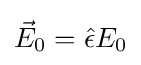
{\vec {E}}_{0}={\hat {\epsilon }}E_{0}